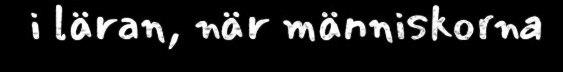
i läran, när människorna